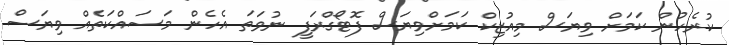
ކުރެހުން ކަމަށް ވިޔަސް މިއުޒިކް ކަމަށްވިޔަސް ފޮޓޯގްރަފީ ނުވަތަ އެހެން މަސައްކަތެއް ވިޔަސް